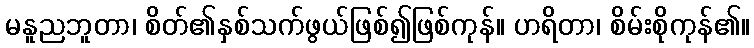
မနူညဘူတာ၊ စိတ်၏နှစ်သက်ဖွယ်ဖြစ်၍ဖြစ်ကုန်။ ဟရိတာ၊ စိမ်းစိုကုန်၏။